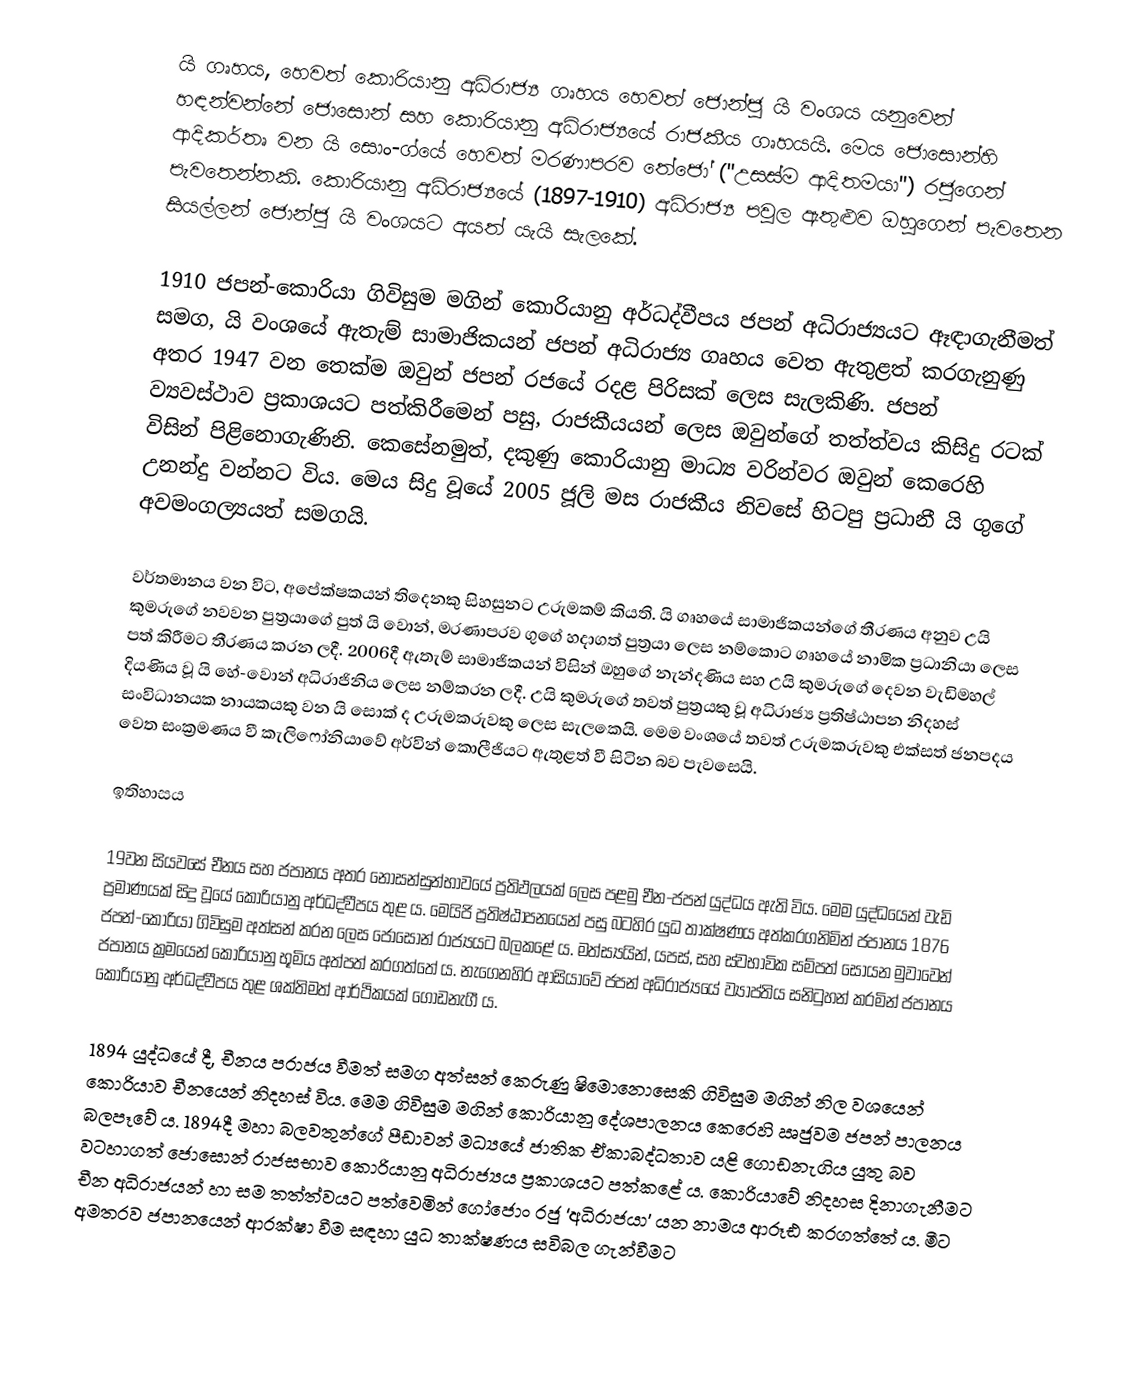
යි ගෘහය, හෙවත් කොරියානු අධිරාජ්‍ය ගෘහය හෙවත් ජොන්ජු යි වංශය යනුවෙන් හඳන්වන්නේ ජොසොන් සහ කොරියානු අධිරාජ්‍යයේ රාජකීය ගෘහයයි. මෙය ජොසොන්හි ආදිකර්තෘ වන යි සොං-ග්යේ හෙවත් මරණාපරව තේජෝ ("උසස්ම ආදිතමයා") රජුගෙන් පැවතෙන්නකි. කොරියානු අධිරාජ්‍යයේ (1897-1910) අධිරාජ්‍ය පවුල ඇතුළුව ඔහුගෙන් පැවතෙන සියල්ලන් ජොන්ජු යි වංශයට අයත් යැයි සැලකේ.

1910 ජපන්-කොරියා ගිවිසුම මගින් කොරියානු අර්ධද්වීපය ජපන් අධිරාජ්‍යයට ඈඳාගැනීමත් සමග, යි වංශයේ ඇතැම් සාමාජිකයන් ජපන් අධිරාජ්‍ය ගෘහය වෙත ඇතුළත් කරගැනුණු අතර 1947 වන තෙක්ම ඔවුන් ජපන් රජයේ රදළ පිරිසක් ලෙස සැලකිණි. ජපන් ව්‍යවස්ථාව ප්‍රකාශයට පත්කිරීමෙන් පසු, රාජකීයයන් ලෙස ඔවුන්ගේ තත්ත්වය කිසිදු රටක් විසින් පිළිනොගැණිනි. කෙසේනමුත්, දකුණු කොරියානු මාධ්‍ය වරින්වර ඔවුන් කෙරෙහි උනන්දු වන්නට විය. මෙය සිදු වූයේ 2005 ජූලි මස රාජකීය නිවසේ හිටපු ප්‍රධානී යි ගුගේ අවමංගල්‍යයත් සමගයි.

වර්තමානය වන විට, අපේක්ෂකයන් තිදෙනකු සිහසුනට උරුමකම් කියති. යි ගෘහයේ සාමාජිකයන්ගේ තීරණය අනුව උයි කුමරුගේ නවවන පුත්‍රයාගේ පුත් යි වොන්, මරණාපරව ගුගේ හදාගත් පුත්‍රයා‍ ලෙස නම්කොට ගෘහයේ නාමික ප්‍රධානියා ලෙස පත් කිරීමට තීරණය කරන ලදී. 2006දී ඇතැම් සාමාජිකයන් විසින් ඔහුගේ නැන්දණිය සහ උයි කුමරුගේ දෙවන වැඩිමහල් දියණිය වූ යි හේ-වොන් අධිරාජිනිය ලෙස නම්කරන ලදී. උයි කුමරුගේ තවත් පුත්‍රයකු වූ අධිරාජ්‍ය ප්‍රතිෂ්ඨාපන නිදහස් සංවිධානයක නායකයකු වන යි සොක් ද උරුමකරුවකු ලෙස සැලකෙයි.  මෙම වංශයේ තවත් උරුමකරුවකු එක්සත් ජනපදය වෙත සංක්‍රමණය වී කැලිෆෝනියාවේ අර්වින් කොලීජියට ඇතුළත් වී සිටින බව පැවසෙයි.

ඉතිහාසය

19වන සියවසේ චීනය සහ ජපානය අතර නොසන්සුන්භාවයේ ප්‍රතිඵලයක් ලෙස පළමු චීන-ජපන් යුද්ධය ඇති විය. මෙම යුද්ධයෙන් වැඩි ප්‍රමාණයක් සිදු වූයේ කොරියානු අර්ධද්වීපය තුළ ය. මෙයිජි ප්‍රතිෂ්ඨාපනයෙන් පසු බටහිර යුධ තාක්ෂණය අත්කරගනිමින් ජපානය 1876 ජපන්-කොරියා ගිවිසුම අත්සන් කරන ලෙස ජොසොන් රාජ්‍යයට බලකළේ ය. මත්ස්‍යයින්, යපස්, සහ ස්වභාවික සම්පත් සොයන මුවාවෙන් ජපානය ක්‍රමයෙන් කොරියානු භූමිය අත්පත් කරගත්තේ ය. නැගෙනහිර ආසියාවේ ජපන් අධිරාජ්‍යයේ ව්‍යාප්තිය සනිටුහන් කරමින් ජපානය කොරියානු අර්ධද්වීපය තුළ ශක්තිමත් ආර්ථිකයක් ගොඩනැගී ය.

1894 යුද්ධයේ දී, චීනය පරාජය වීමත් සමග අත්සන් කෙරුණු ෂිමොනොසෙකි ගිවිසුම මගින් නිල වශයෙන් කොරියාව චීනයෙන් නිදහස් විය. මෙම ගිවිසුම මගින් කොරියානු දේශපාලනය කෙරෙහි ඍජුවම ජපන් පාලනය බලපෑවේ ය. 1894දී මහා බලවතුන්ගේ පීඩාවන් මධ්‍යයේ ජාතික ඒකාබද්ධතාව යළි ගොඩනැගිය යුතු බව වටහාගත් ජොසොන් රාජසභාව කොරියානු අධිරාජ්‍යය ප්‍රකාශයට පත්කළේ ය. කොරියාවේ නිදහස දිනාගැනීමට චීන අධිරාජයන් හා සම තත්ත්වයට පත්වෙමින් ගෝජොං රජු ‘අධිරාජයා’ යන නාමය ආරූඪ කරගත්තේ ය. මීට අමතරව ජපානයෙන් ආරක්ෂා වීම සඳහා යුධ තාක්ෂණය සවිබල ගැන්වීමට